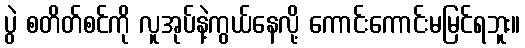
ပွဲ စတိတ်စင်ကို လူအုပ်နဲ့ကွယ်နေလို့ ကောင်းကောင်းမမြင်ရဘူး။